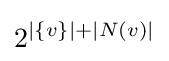
2^{|\{v\}|+|N(v)|}